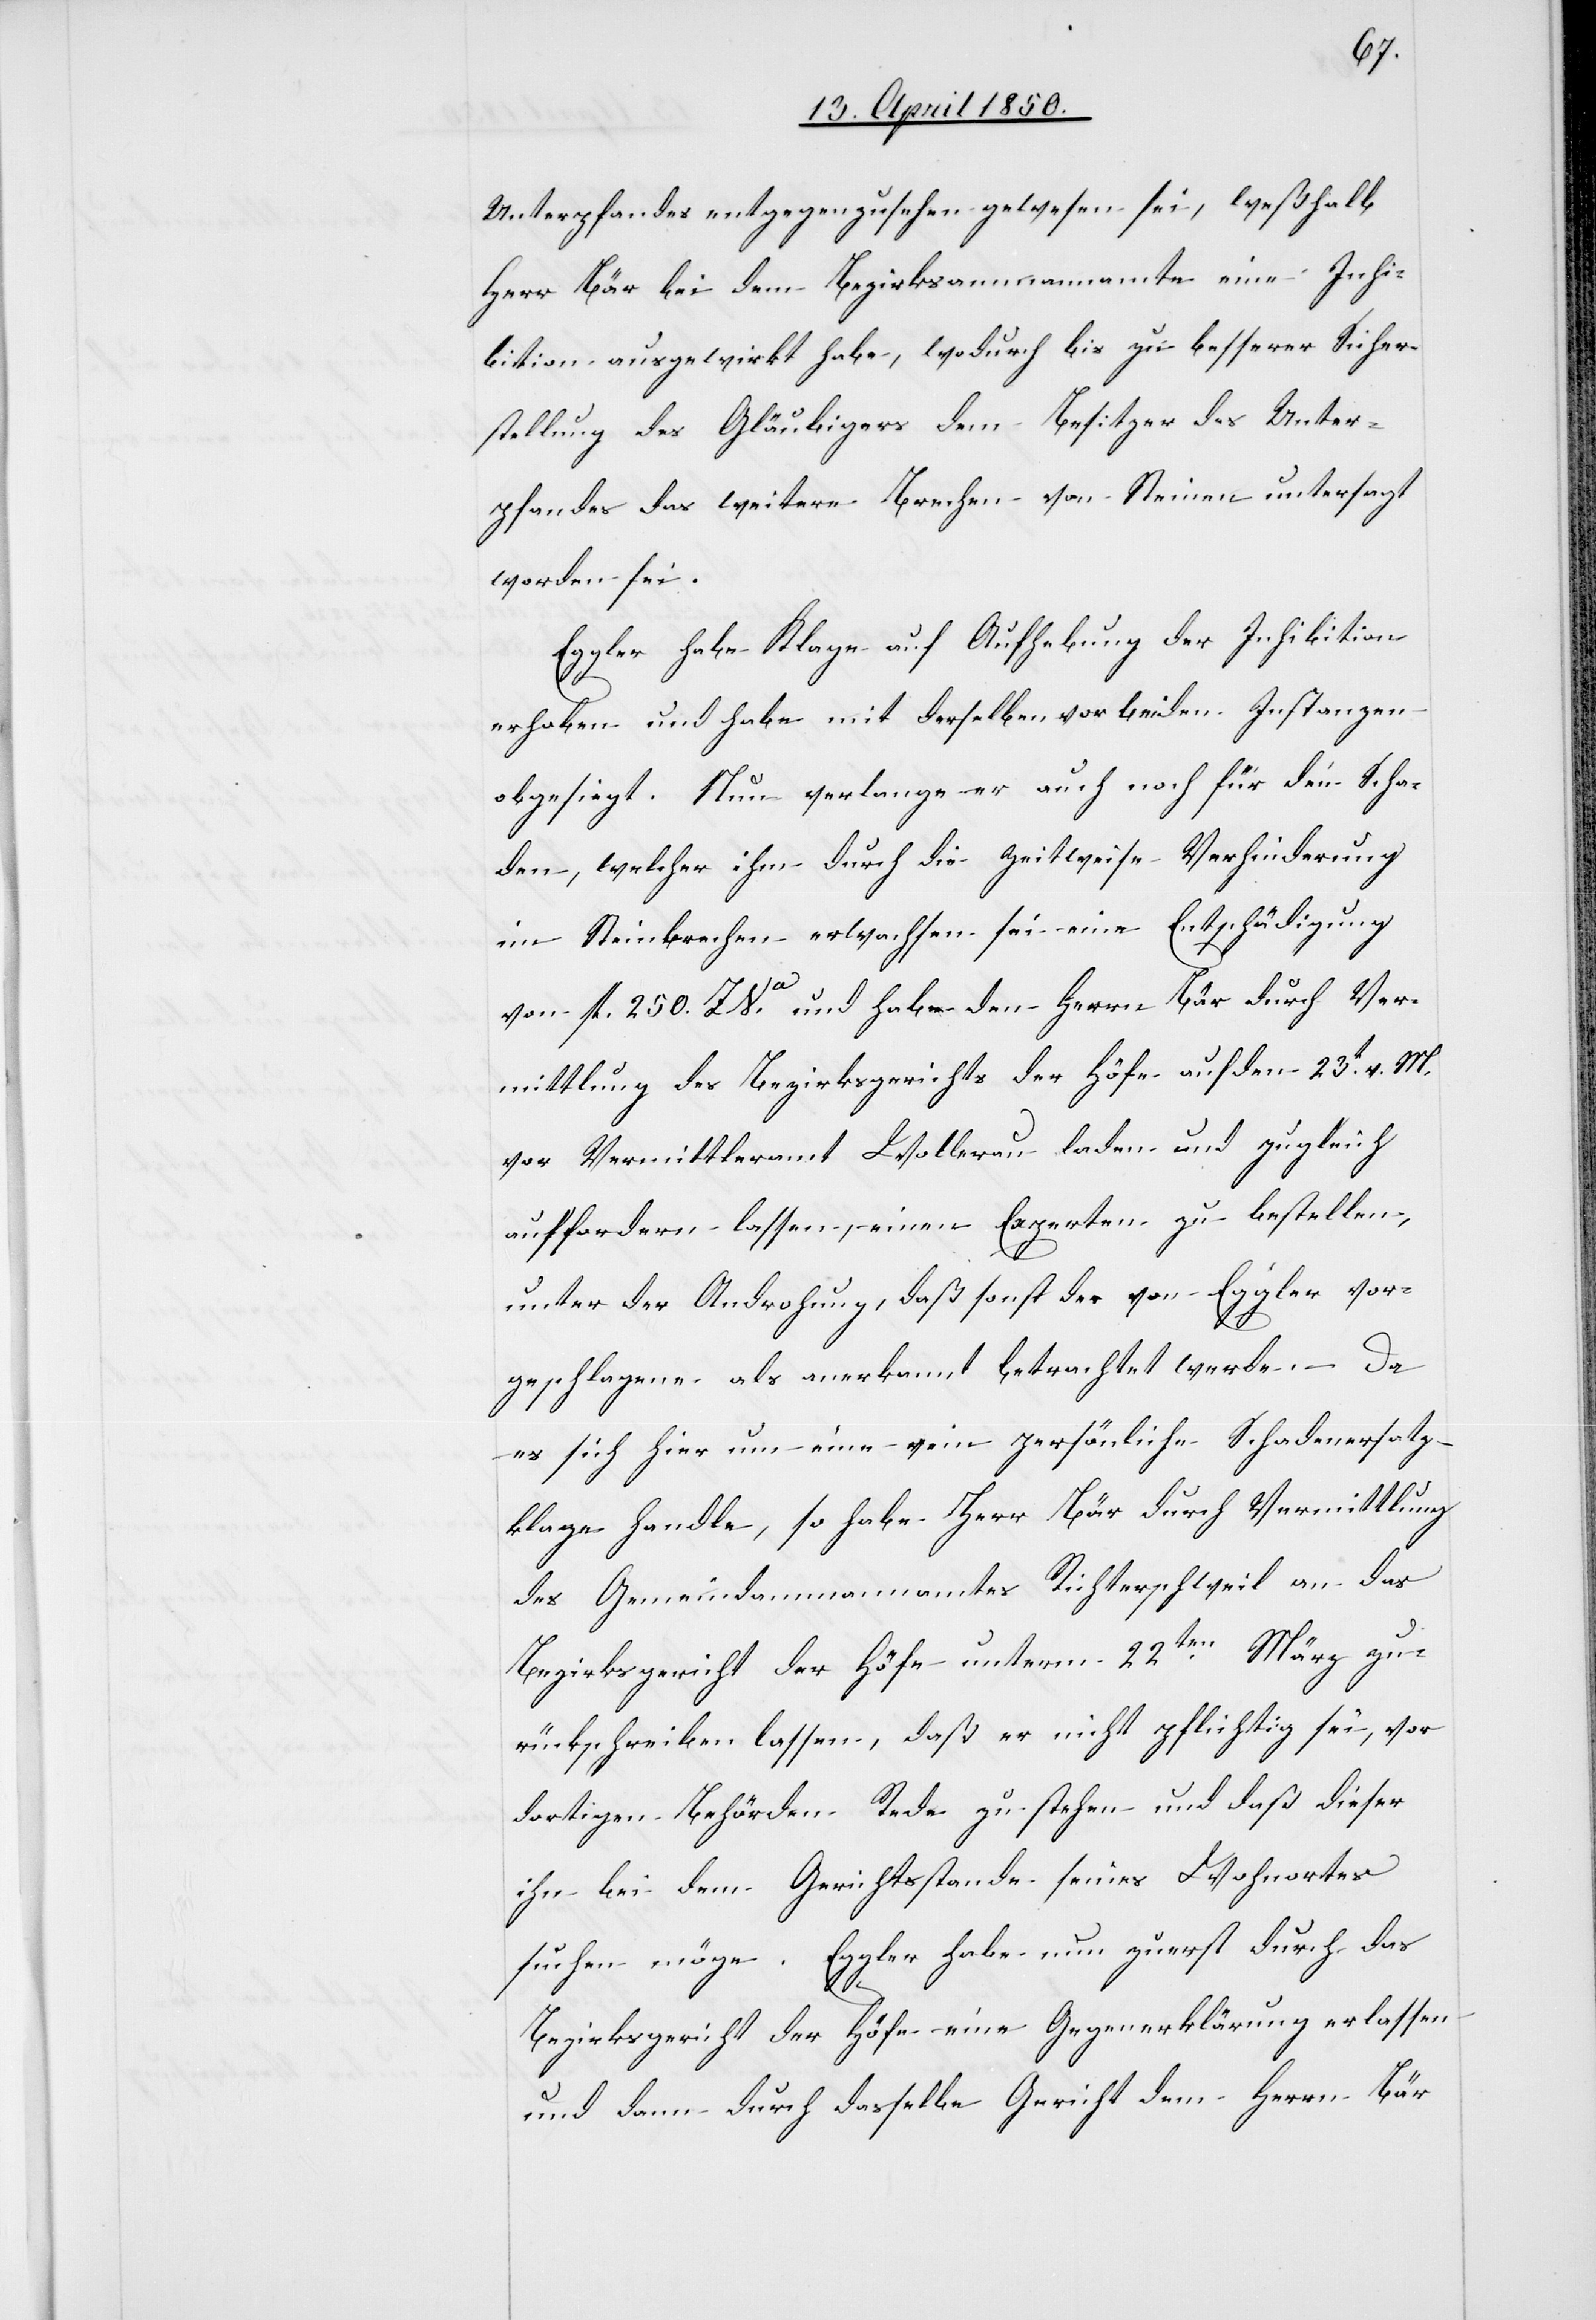
Unterpfandes entgegenzusehen gewesen sei, weßhalb
Herr Bär bei dem Bezirksammannamte eine Inhi¬
bition ausgewirkt habe, wodurch bis zu besserer Sicher¬
stellung des Gläubigers dem Besitzer des Unter¬
pfandes das weitere Brechen von Steinen untersagt
worden sei.
Eggler habe Klage auf Aufhebung der Inhibition
erhoben und habe mit derselben vor beiden Instanzen
obgesiegt. Nun verlange er auch noch für den Scha¬
den, welcher ihm durch die zeitweise Verhinderung
im Steinbrechen erwachsen sei eine Entschädigung
von fl. 250. ZVa. und habe den Herrn Bär durch Ver¬
mittlung des Bezirksgerichts der Höfe auf den 23t v. M.
vor Vermittleramt Wollerau laden und zugleich
auffordern lassen, einen Experten zu bestellen,
unter der Androhung, daß sonst der von Eggler vor¬
geschlagene als anerkannt betrachtet werde. – Da
es sich hier um eine rein persönliche Schadenersatz¬
klage handle, so habe Herr Bär durch Vermittlung
des Gemeindammannamtes Richterschweil an das
Bezirksgericht der Höfe unterm 22ten März zu¬
rückschreiben lassen, daß er nicht pflichtig sei, vor
dortigen Behörden Rede zu stehen und daß dieser
ihn bei dem Gerichtsstande seines Wohnortes
suchen möge. Eggler habe nun zuerst durch das
Bezirksgericht der Höfe eine Gegenerklärung erlassen
und dann durch dasselbe Gericht dem Herrn Bär